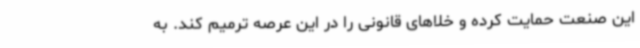
این صنعت حمایت کرده و خلا‌های قانونی را در این عرصه ترمیم کند. به